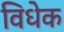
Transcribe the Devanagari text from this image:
विधेक